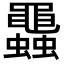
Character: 𧕵